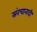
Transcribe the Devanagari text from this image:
संरचानादी